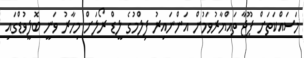
މަސައްކަތަށް ޕޫޖާ ތައްޔާރުވަމުން އަންނައިރު ފިލްމުގެ ލީޑް ރޯލަށް މިހާރު ވަނީ ބޮލީވުޑްގައި